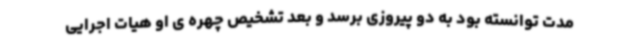
مدت توانسته بود به دو پیروزی برسد و بعد تشخیص چهره ی او هیات اجرایی